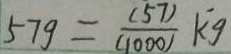
5 7 g = \frac { ( 5 7 ) } { ( 1 0 0 0 ) } k g